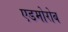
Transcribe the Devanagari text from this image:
एडमोरोब